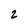
Character: 2